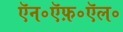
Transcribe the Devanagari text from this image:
ऍन॰ऍफ़॰ऍल॰